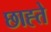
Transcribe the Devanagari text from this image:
छाह्ते